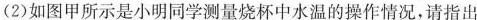
(2)如图甲所示是小明同学测量烧杯中水温的操作情况，请指出